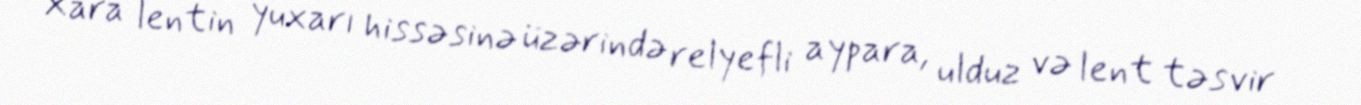
Xara lentin yuxarı hissəsinə üzərində relyefli aypara, ulduz və lent təsvir